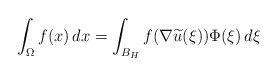
\begin{align*} \int _\Omega f(x)\, dx = \int _{B_{H}} f(\nabla \widetilde u (\xi)) \Phi(\xi)\, d\xi \end{align*}